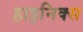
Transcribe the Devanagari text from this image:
हाइनिक्स